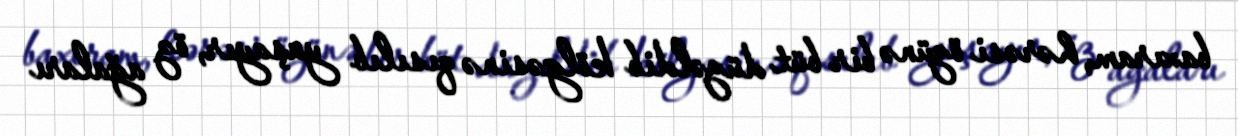
baxıram, hərəsi özünə bir büt düzəldib kölgəsinə qısılıb yaşayır, öz ağaları